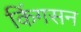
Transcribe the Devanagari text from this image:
किंगसन